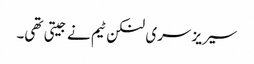
سیریز سری لنکن ٹیم نے جیتی تھی۔